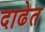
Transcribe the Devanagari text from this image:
दाढेत